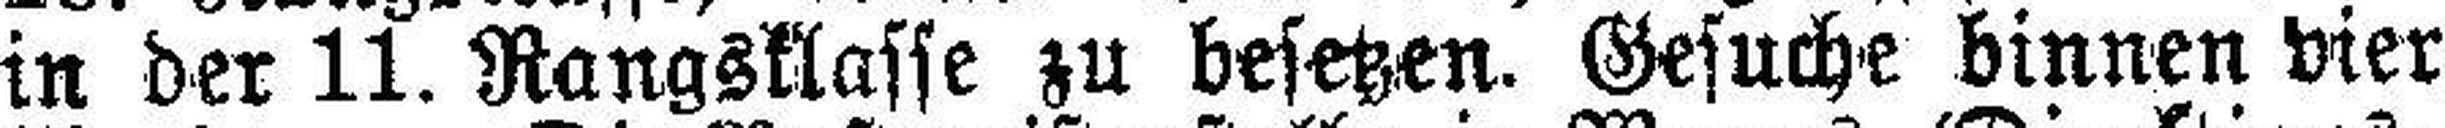
in der 11. Rangsklasse zu besetzen. Gesuche binnen vier